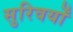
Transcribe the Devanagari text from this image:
सुरिवर्यों